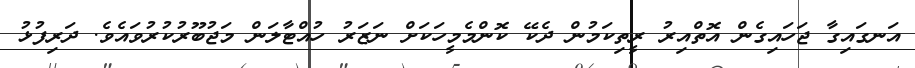
އަނގައިގާ ޖަހައިގެން އޮތްއިރު ރީތިކަމުން ދެކޭ ކޮންމެމީހަކަށް ނަޒަރު ހުއްޓާލަން މަޖުބޫރުކުރުވައެވެ. ދަރިފުޅު